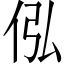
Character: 𪜴